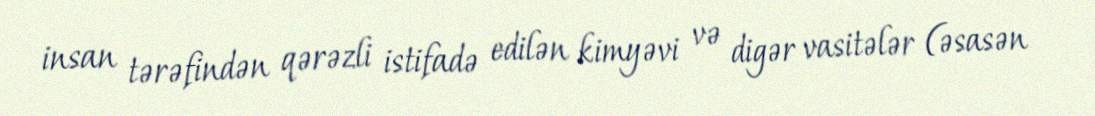
insan tərəfindən qərəzli istifadə edilən kimyəvi və digər vasitələr (əsasən